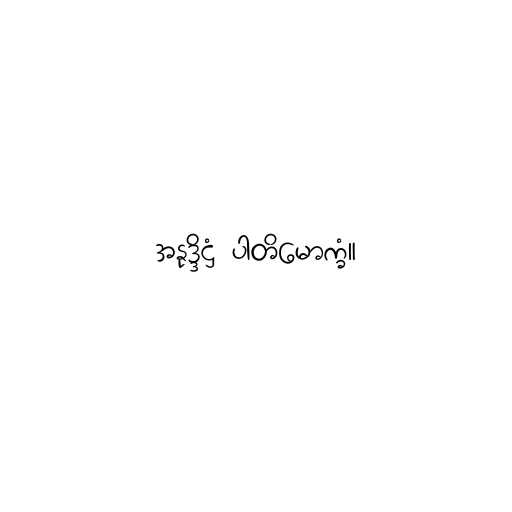
အနုဒ္ဒိဋ္ဌံ ပါတိမောက္ခံ။